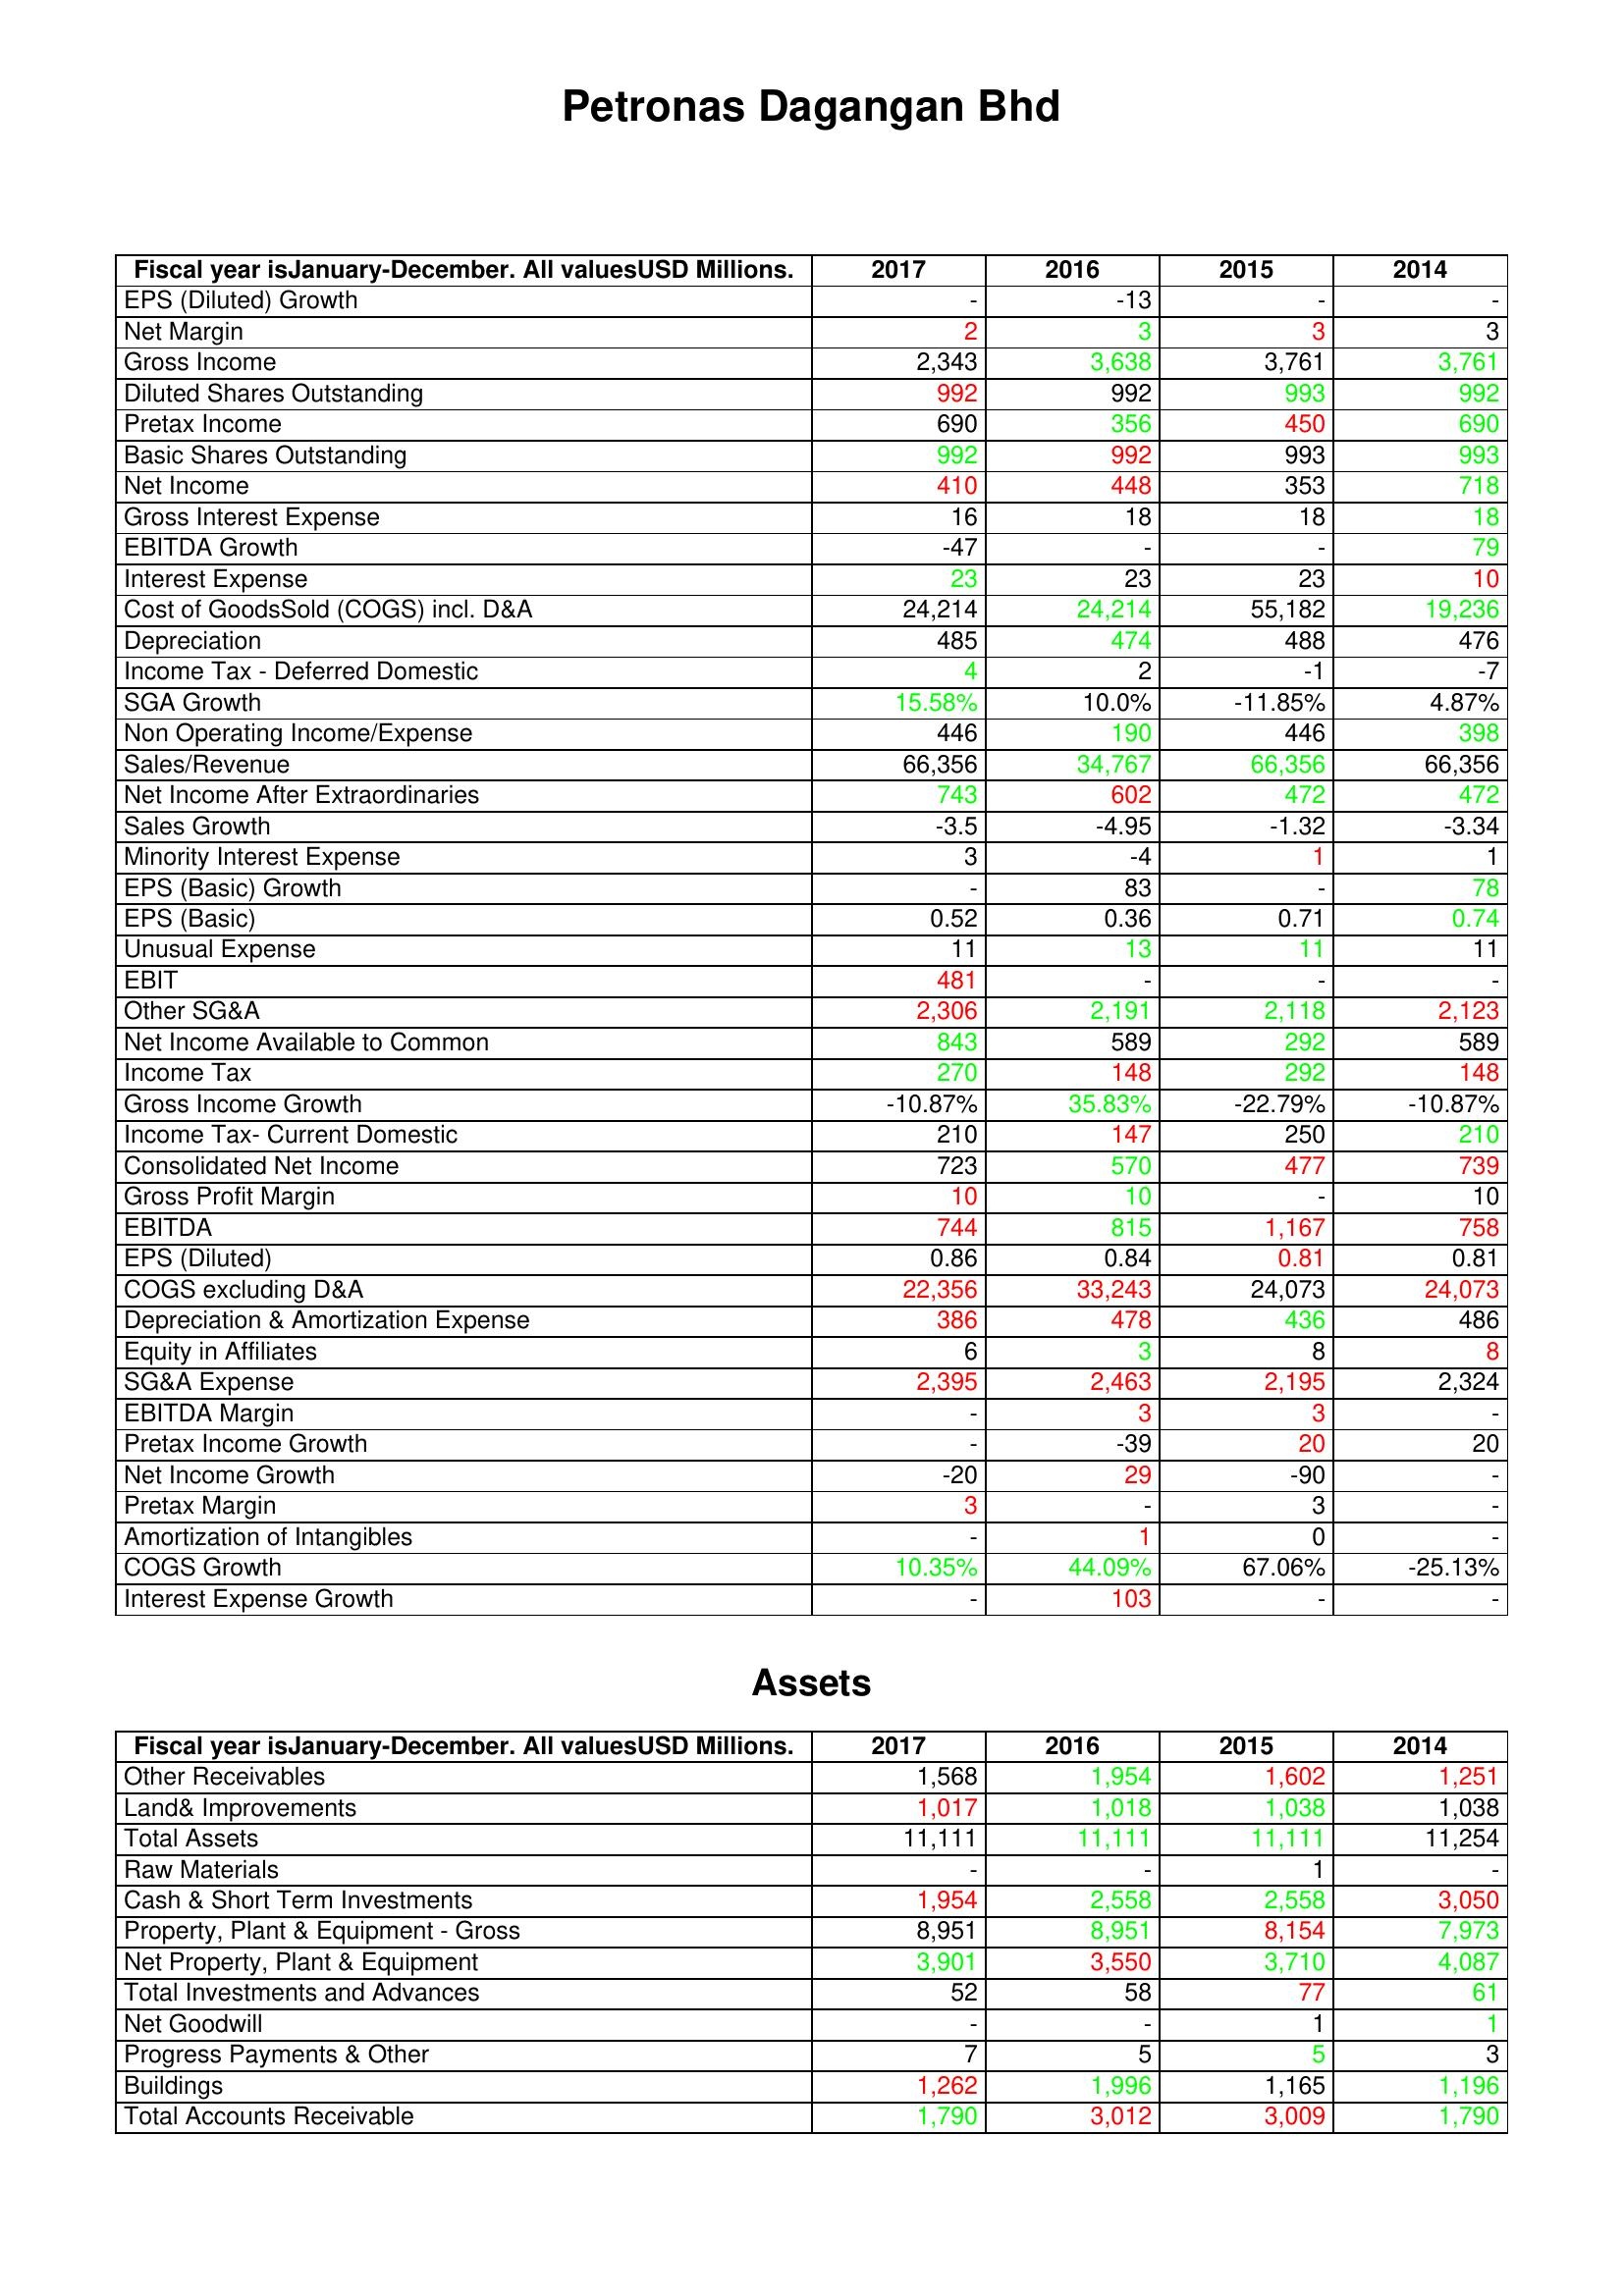
gt_parse: 2017: : EPS (Diluted) Growth: -
Net Margin: 2
Gross Income: 2,343
Diluted Shares Outstanding: 992
Pretax Income: 690
Basic Shares Outstanding: 992
Net Income: 410
Gross Interest Expense: 16
EBITDA Growth: -47
Interest Expense: 23
Cost of GoodsSold (COGS) incl. D&A: 24,214
Depreciation: 485
Income Tax - Deferred Domestic: 4
SGA Growth: 15.58%
Non Operating Income/Expense: 446
Sales/Revenue: 66,356
Net Income After Extraordinaries: 743
Sales Growth: -3.5
Minority Interest Expense: 3
EPS (Basic) Growth: -
EPS (Basic): 0.52
Unusual Expense: 11
EBIT: 481
Other SG&A: 2,306
Net Income Available to Common: 843
Income Tax: 270
Gross Income Growth: -10.87%
Income Tax- Current Domestic: 210
Consolidated Net Income: 723
Gross Profit Margin: 10
EBITDA: 744
EPS (Diluted): 0.86
COGS excluding D&A: 22,356
Depreciation & Amortization Expense: 386
Equity in Affiliates: 6
SG&A Expense: 2,395
EBITDA Margin: -
Pretax Income Growth: -
Net Income Growth: -20
Pretax Margin: 3
Amortization of Intangibles: -
COGS Growth: 10.35%
Interest Expense Growth: -
Assets: Other Receivables: 1,568
Land& Improvements: 1,017
Total Assets: 11,111
Raw Materials: -
Cash & Short Term Investments: 1,954
Property, Plant & Equipment - Gross : 8,951
Net Property, Plant & Equipment: 3,901
Total Investments and Advances: 52
Net Goodwill: -
Progress Payments & Other: 7
Buildings: 1,262
Total Accounts Receivable: 1,790
2016: : EPS (Diluted) Growth: -13
Net Margin: 3
Gross Income: 3,638
Diluted Shares Outstanding: 992
Pretax Income: 356
Basic Shares Outstanding: 992
Net Income: 448
Gross Interest Expense: 18
EBITDA Growth: -
Interest Expense: 23
Cost of GoodsSold (COGS) incl. D&A: 24,214
Depreciation: 474
Income Tax - Deferred Domestic: 2
SGA Growth: 10.0%
Non Operating Income/Expense: 190
Sales/Revenue: 34,767
Net Income After Extraordinaries: 602
Sales Growth: -4.95
Minority Interest Expense: -4
EPS (Basic) Growth: 83
EPS (Basic): 0.36
Unusual Expense: 13
EBIT: -
Other SG&A: 2,191
Net Income Available to Common: 589
Income Tax: 148
Gross Income Growth: 35.83%
Income Tax- Current Domestic: 147
Consolidated Net Income: 570
Gross Profit Margin: 10
EBITDA: 815
EPS (Diluted): 0.84
COGS excluding D&A: 33,243
Depreciation & Amortization Expense: 478
Equity in Affiliates: 3
SG&A Expense: 2,463
EBITDA Margin: 3
Pretax Income Growth: -39
Net Income Growth: 29
Pretax Margin: -
Amortization of Intangibles: 1
COGS Growth: 44.09%
Interest Expense Growth: 103
Assets: Other Receivables: 1,954
Land& Improvements: 1,018
Total Assets: 11,111
Raw Materials: -
Cash & Short Term Investments: 2,558
Property, Plant & Equipment - Gross : 8,951
Net Property, Plant & Equipment: 3,550
Total Investments and Advances: 58
Net Goodwill: -
Progress Payments & Other: 5
Buildings: 1,996
Total Accounts Receivable: 3,012
2015: : EPS (Diluted) Growth: -
Net Margin: 3
Gross Income: 3,761
Diluted Shares Outstanding: 993
Pretax Income: 450
Basic Shares Outstanding: 993
Net Income: 353
Gross Interest Expense: 18
EBITDA Growth: -
Interest Expense: 23
Cost of GoodsSold (COGS) incl. D&A: 55,182
Depreciation: 488
Income Tax - Deferred Domestic: -1
SGA Growth: -11.85%
Non Operating Income/Expense: 446
Sales/Revenue: 66,356
Net Income After Extraordinaries: 472
Sales Growth: -1.32
Minority Interest Expense: 1
EPS (Basic) Growth: -
EPS (Basic): 0.71
Unusual Expense: 11
EBIT: -
Other SG&A: 2,118
Net Income Available to Common: 292
Income Tax: 292
Gross Income Growth: -22.79%
Income Tax- Current Domestic: 250
Consolidated Net Income: 477
Gross Profit Margin: -
EBITDA: 1,167
EPS (Diluted): 0.81
COGS excluding D&A: 24,073
Depreciation & Amortization Expense: 436
Equity in Affiliates: 8
SG&A Expense: 2,195
EBITDA Margin: 3
Pretax Income Growth: 20
Net Income Growth: -90
Pretax Margin: 3
Amortization of Intangibles: 0
COGS Growth: 67.06%
Interest Expense Growth: -
Assets: Other Receivables: 1,602
Land& Improvements: 1,038
Total Assets: 11,111
Raw Materials: 1
Cash & Short Term Investments: 2,558
Property, Plant & Equipment - Gross : 8,154
Net Property, Plant & Equipment: 3,710
Total Investments and Advances: 77
Net Goodwill: 1
Progress Payments & Other: 5
Buildings: 1,165
Total Accounts Receivable: 3,009
2014: : EPS (Diluted) Growth: -
Net Margin: 3
Gross Income: 3,761
Diluted Shares Outstanding: 992
Pretax Income: 690
Basic Shares Outstanding: 993
Net Income: 718
Gross Interest Expense: 18
EBITDA Growth: 79
Interest Expense: 10
Cost of GoodsSold (COGS) incl. D&A: 19,236
Depreciation: 476
Income Tax - Deferred Domestic: -7
SGA Growth: 4.87%
Non Operating Income/Expense: 398
Sales/Revenue: 66,356
Net Income After Extraordinaries: 472
Sales Growth: -3.34
Minority Interest Expense: 1
EPS (Basic) Growth: 78
EPS (Basic): 0.74
Unusual Expense: 11
EBIT: -
Other SG&A: 2,123
Net Income Available to Common: 589
Income Tax: 148
Gross Income Growth: -10.87%
Income Tax- Current Domestic: 210
Consolidated Net Income: 739
Gross Profit Margin: 10
EBITDA: 758
EPS (Diluted): 0.81
COGS excluding D&A: 24,073
Depreciation & Amortization Expense: 486
Equity in Affiliates: 8
SG&A Expense: 2,324
EBITDA Margin: -
Pretax Income Growth: 20
Net Income Growth: -
Pretax Margin: -
Amortization of Intangibles: -
COGS Growth: -25.13%
Interest Expense Growth: -
Assets: Other Receivables: 1,251
Land& Improvements: 1,038
Total Assets: 11,254
Raw Materials: -
Cash & Short Term Investments: 3,050
Property, Plant & Equipment - Gross : 7,973
Net Property, Plant & Equipment: 4,087
Total Investments and Advances: 61
Net Goodwill: 1
Progress Payments & Other: 3
Buildings: 1,196
Total Accounts Receivable: 1,790